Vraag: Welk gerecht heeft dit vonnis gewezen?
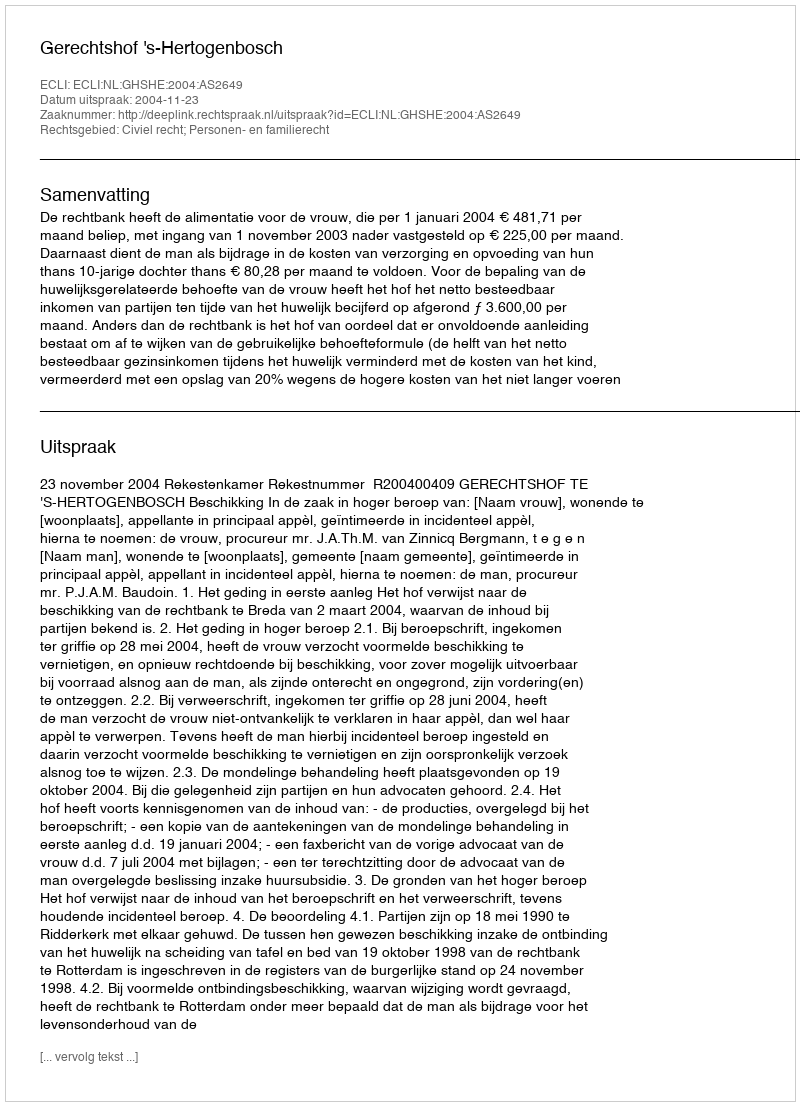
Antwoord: Gerechtshof 's-Hertogenbosch